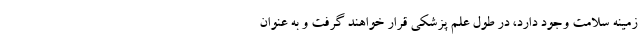
زمینه سلامت وجود دارد، در طول علم پزشکی قرار خواهند گرفت و به عنوان